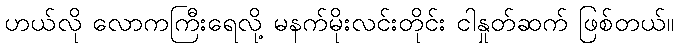
ဟယ်လို လောကကြီးရေလို့ မနက်မိုးလင်းတိုင်း ငါနှုတ်ဆက် ဖြစ်တယ်။